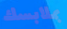
بملابسك